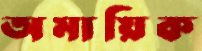
অমায়িক